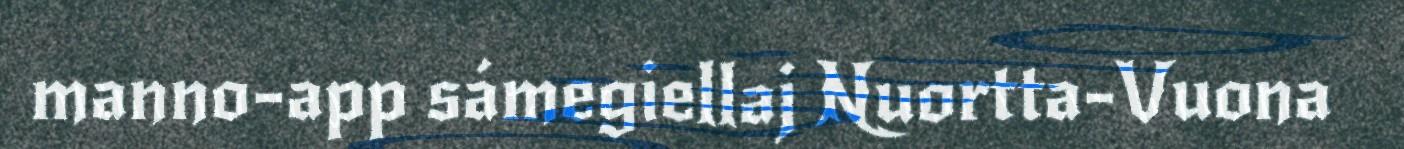
manno-app sámegiellaj Nuortta-Vuona